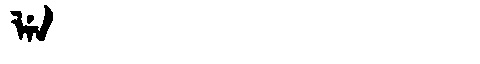
Manchu: ᠯᡝᠨ
Romanization: LEN